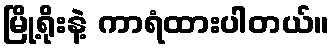
မြို့ရိုးနဲ့ ကာရံထားပါတယ်။